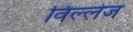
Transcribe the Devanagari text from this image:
विल्लेज